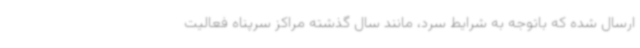
ارسال شده که باتوجه به شرایط سرد، مانند سال گذشته مراکز سرپناه فعالیت